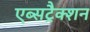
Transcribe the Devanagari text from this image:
एब्सट्रैक्शन